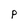
Character: P